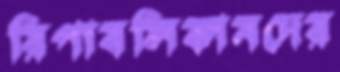
রিপাবলিকানদের